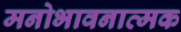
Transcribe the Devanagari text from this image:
मनोभावनात्मक